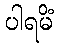
ပါရမိံ